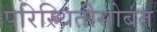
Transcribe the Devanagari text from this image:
परिस्थितीसोबत